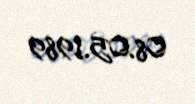
08.05.1989